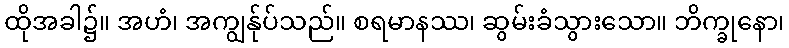
ထိုအခါ၌။ အဟံ၊ အကျွန်ုပ်သည်။ စရမာနဿ၊ ဆွမ်းခံသွားသော။ ဘိက္ခုနော၊